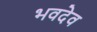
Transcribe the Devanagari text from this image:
भवदेव